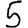
Digit: 5